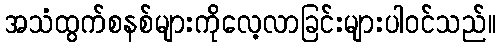
အသံထွက်စနစ်များကိုလေ့လာခြင်းများပါဝင်သည်။